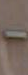
-